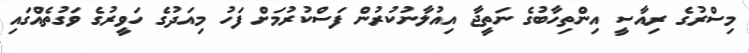
މިސްރުގެ ރިއާސީ އިންތިހާބުގެ ނަތީޖާ އިއުލާނުކުރުން ފަސްކުރުމަށް ފަހު މިއަދުގެ ހަވީރުގެ ވަގުތެއްގައި